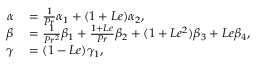
\begin{array} { r l } { \alpha } & { { } = \frac { 1 } { P r } \alpha _ { 1 } + ( 1 + L e ) \alpha _ { 2 } , } \\ { \beta } & { { } = \frac { 1 } { P r ^ { 2 } } \beta _ { 1 } + \frac { 1 + L e } { P r } \beta _ { 2 } + ( 1 + L e ^ { 2 } ) \beta _ { 3 } + L e \beta _ { 4 } , } \\ { \gamma } & { { } = ( 1 - L e ) \gamma _ { 1 } , } \end{array}